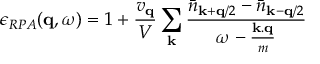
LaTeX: \epsilon _ { R P A } ( { \bf { q } } , \omega ) = 1 + \frac { v _ { { \bf { q } } } } { V } \sum _ { { \bf { k } } } \frac { { \bar { n } } _ { { \bf { k } } + { \bf { q } } / 2 } - { \bar { n } } _ { { \bf { k } } - { \bf { q } } / 2 } } { \omega - \frac { { \bf { k . q } } } { m } }